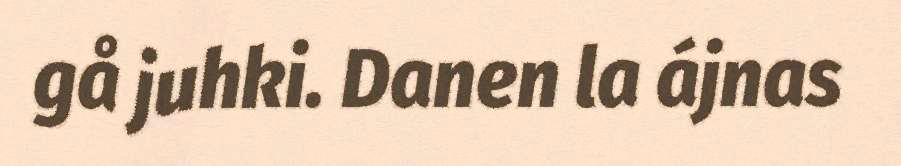
gå juhki. Danen la ájnas